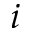
i